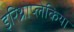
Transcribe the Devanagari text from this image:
इरिथ्रोप्लेकिया